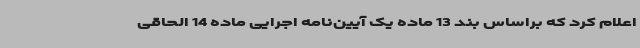
اعلام کرد که براساس بند 13 ماده یک آیین‌نامه اجرایی ماده 14 الحاقی